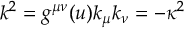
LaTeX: k ^ { 2 } = g ^ { \mu \nu } ( u ) k _ { \mu } k _ { \nu } = - \kappa ^ { 2 }